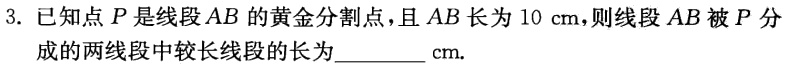
3. 已知点\(P\)是线段\(AB\)的黄金分割点，且\(AB\)长为\(10\ cm\)，则线段\(AB\)被\(P\)分成的两线段中较长线段的长为________\(cm\).